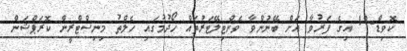
ކޮވިޑް-19 އިގެ ފަރުވާ އަށް ބޭނުންވާ ވެންޓިލޭޓަރުތައް ހޯދުމުގައި ހެލްތު މިނިސްޓްރީން ކޮރަޕްޝަން